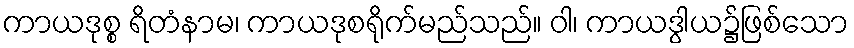
ကာယဒုစ္စ ရိတံနာမ၊ ကာယဒုစရိုက်မည်သည်။ ဝါ၊ ကာယဒွါယ၌ဖြစ်သော